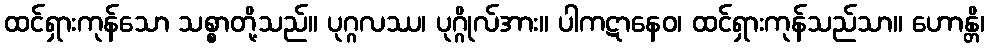
ထင်ရှားကုန်သော သစ္စာတို့သည်။ ပုဂ္ဂလဿ၊ ပုဂ္ဂိုလ်အား။ ပါကဋာနေဝ၊ ထင်ရှားကုန်သည်သာ။ ဟောန္တိ၊